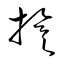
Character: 旗